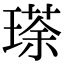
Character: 瑹